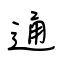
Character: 通